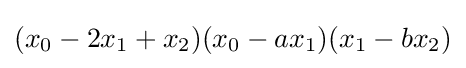
(x_{0}-2x_{1}+x_{2})(x_{0}-ax_{1})(x_{1}-bx_{2})